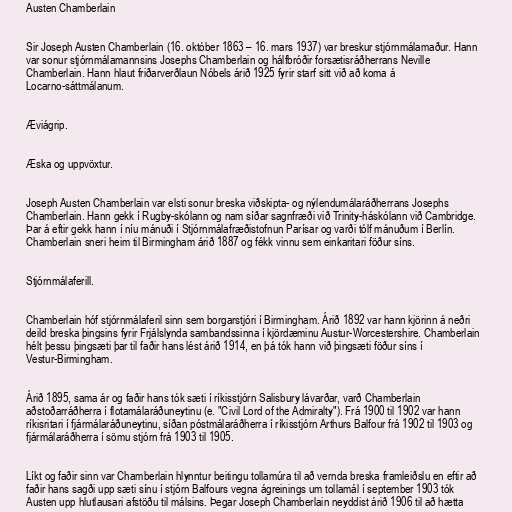
Austen Chamberlain

Sir Joseph Austen Chamberlain (16. október 1863 – 16. mars 1937) var breskur stjórnmálamaður. Hann
var sonur stjórnmálamannsins Josephs Chamberlain og hálfbróðir forsætisráðherrans Neville
Chamberlain. Hann hlaut friðarverðlaun Nóbels árið 1925 fyrir starf sitt við að koma á
Locarno-sáttmálanum.

Æviágrip.

Æska og uppvöxtur.

Joseph Austen Chamberlain var elsti sonur breska viðskipta- og nýlendumálaráðherrans Josephs
Chamberlain. Hann gekk í Rugby-skólann og nam síðar sagnfræði við Trinity-háskólann við Cambridge.
Þar á eftir gekk hann í níu mánuði í Stjórnmálafræðistofnun Parísar og varði tólf mánuðum í Berlín.
Chamberlain sneri heim til Birmingham árið 1887 og fékk vinnu sem einkaritari föður síns.

Stjórnmálaferill.

Chamberlain hóf stjórnmálaferil sinn sem borgarstjóri í Birmingham. Árið 1892 var hann kjörinn á neðri
deild breska þingsins fyrir Frjálslynda sambandssinna í kjördæminu Austur-Worcestershire. Chamberlain
hélt þessu þingsæti þar til faðir hans lést árið 1914, en þá tók hann við þingsæti föður síns í
Vestur-Birmingham.

Árið 1895, sama ár og faðir hans tók sæti í ríkisstjórn Salisbury lávarðar, varð Chamberlain
aðstoðarráðherra í flotamálaráðuneytinu (e. "Civil Lord of the Admiralty"). Frá 1900 til 1902 var hann
ríkisritari í fjármálaráðuneytinu, síðan póstmálaráðherra í ríkisstjórn Arthurs Balfour frá 1902 til 1903 og
fjármálaráðherra í sömu stjórn frá 1903 til 1905.

Líkt og faðir sinn var Chamberlain hlynntur beitingu tollamúra til að vernda breska framleiðslu en eftir að
faðir hans sagði upp sæti sínu í stjórn Balfours vegna ágreinings um tollamál í september 1903 tók
Austen upp hlutlausari afstöðu til málsins. Þegar Joseph Chamberlain neyddist árið 1906 til að hætta